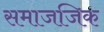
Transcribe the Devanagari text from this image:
समाजजिक